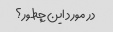
در مورد این چطور؟